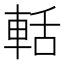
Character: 𮝐